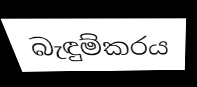
බැඳුම්කරය